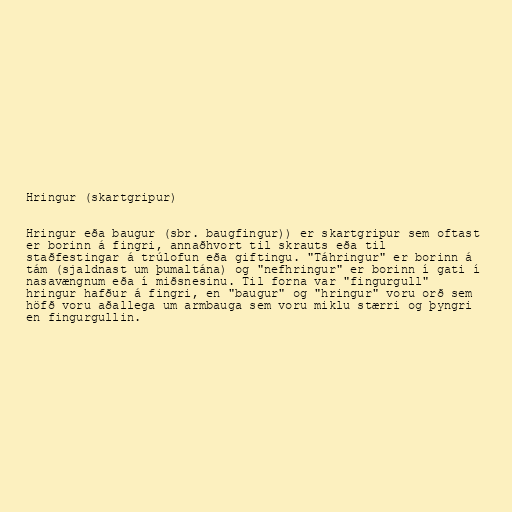
Hringur (skartgripur)

Hringur eða baugur (sbr. baugfingur)) er skartgripur sem oftast
er borinn á fingri, annaðhvort til skrauts eða til
staðfestingar á trúlofun eða giftingu. "Táhringur" er borinn á
tám (sjaldnast um þumaltána) og "nefhringur" er borinn í gati í
nasavængnum eða í miðsnesinu. Til forna var "fingurgull"
hringur hafður á fingri, en "baugur" og "hringur" voru orð sem
höfð voru aðallega um armbauga sem voru miklu stærri og þyngri
en fingurgullin.